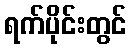
ရက်ပိုင်းတွင်